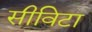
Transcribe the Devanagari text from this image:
सीविटा